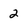
Character: 2